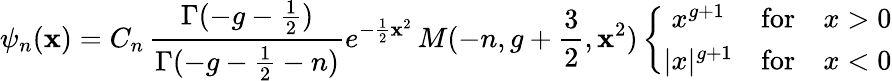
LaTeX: \psi_{n}(\mathbf{x})=C_{n}\, \frac{{\Gamma(-g-{\frac{{1}}{{2}}})}}{{\Gamma(-g-{\frac{{1}}{{2}}}-n)}}e^{-{\frac{{1}}{{2}}}\mathbf{x}^{2}}\, M(-n,g+{\frac{{3}}{{2}}},\mathbf{x}^{2})\left\{ \begin{array}{cll}{{x^{g+1}}}&{{\mathrm{for}}}&{{x>0}}\\ {{|x|^{g+1}}}&{{\mathrm{for}}}&{{x<0}}\end{array}\right.